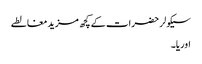
سیکولر حضرات کے کچھ مزید مغالطے
اوریا۔